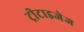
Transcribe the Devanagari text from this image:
ट्रीटाइजेज